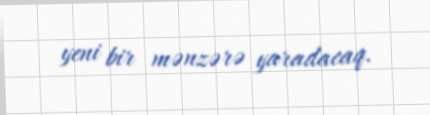
yeni bir mənzərə yaradacaq.